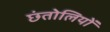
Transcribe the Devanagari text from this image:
छंतोलियों